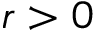
r > 0